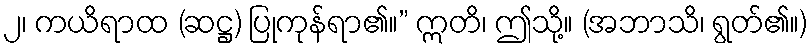
၂၊ ကယိရာထ (ဆဋ္ဌ) ပြုကုန်ရာ၏။” ဣတိ၊ ဤသို့။ (အဘာသိ၊ ရွတ်၏။)